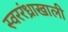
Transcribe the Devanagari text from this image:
स्वररंध्राखाली